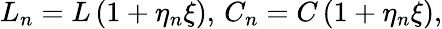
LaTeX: L_{n}=L\left(1+\eta_{n}\xi\right),\, C_{n}=C\left(1+\eta_{n}\xi\right),